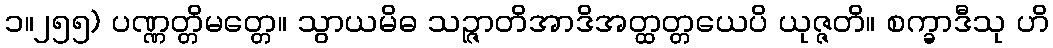
၁။၂၅၅) ပဏ္ဏတ္တိမတ္တေ။ သွာယမိဓ သဉ္ဇာတိအာဒိအတ္ထတ္တယေပိ ယုဇ္ဇတိ။ စက္ခာဒီသု ဟိ